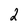
Character: 2